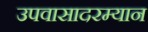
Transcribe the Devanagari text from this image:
उपवासादरम्यान